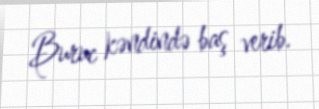
Buruc kəndində baş verib.